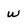
Character: w